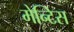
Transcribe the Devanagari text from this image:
मेन्टिस